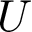
U